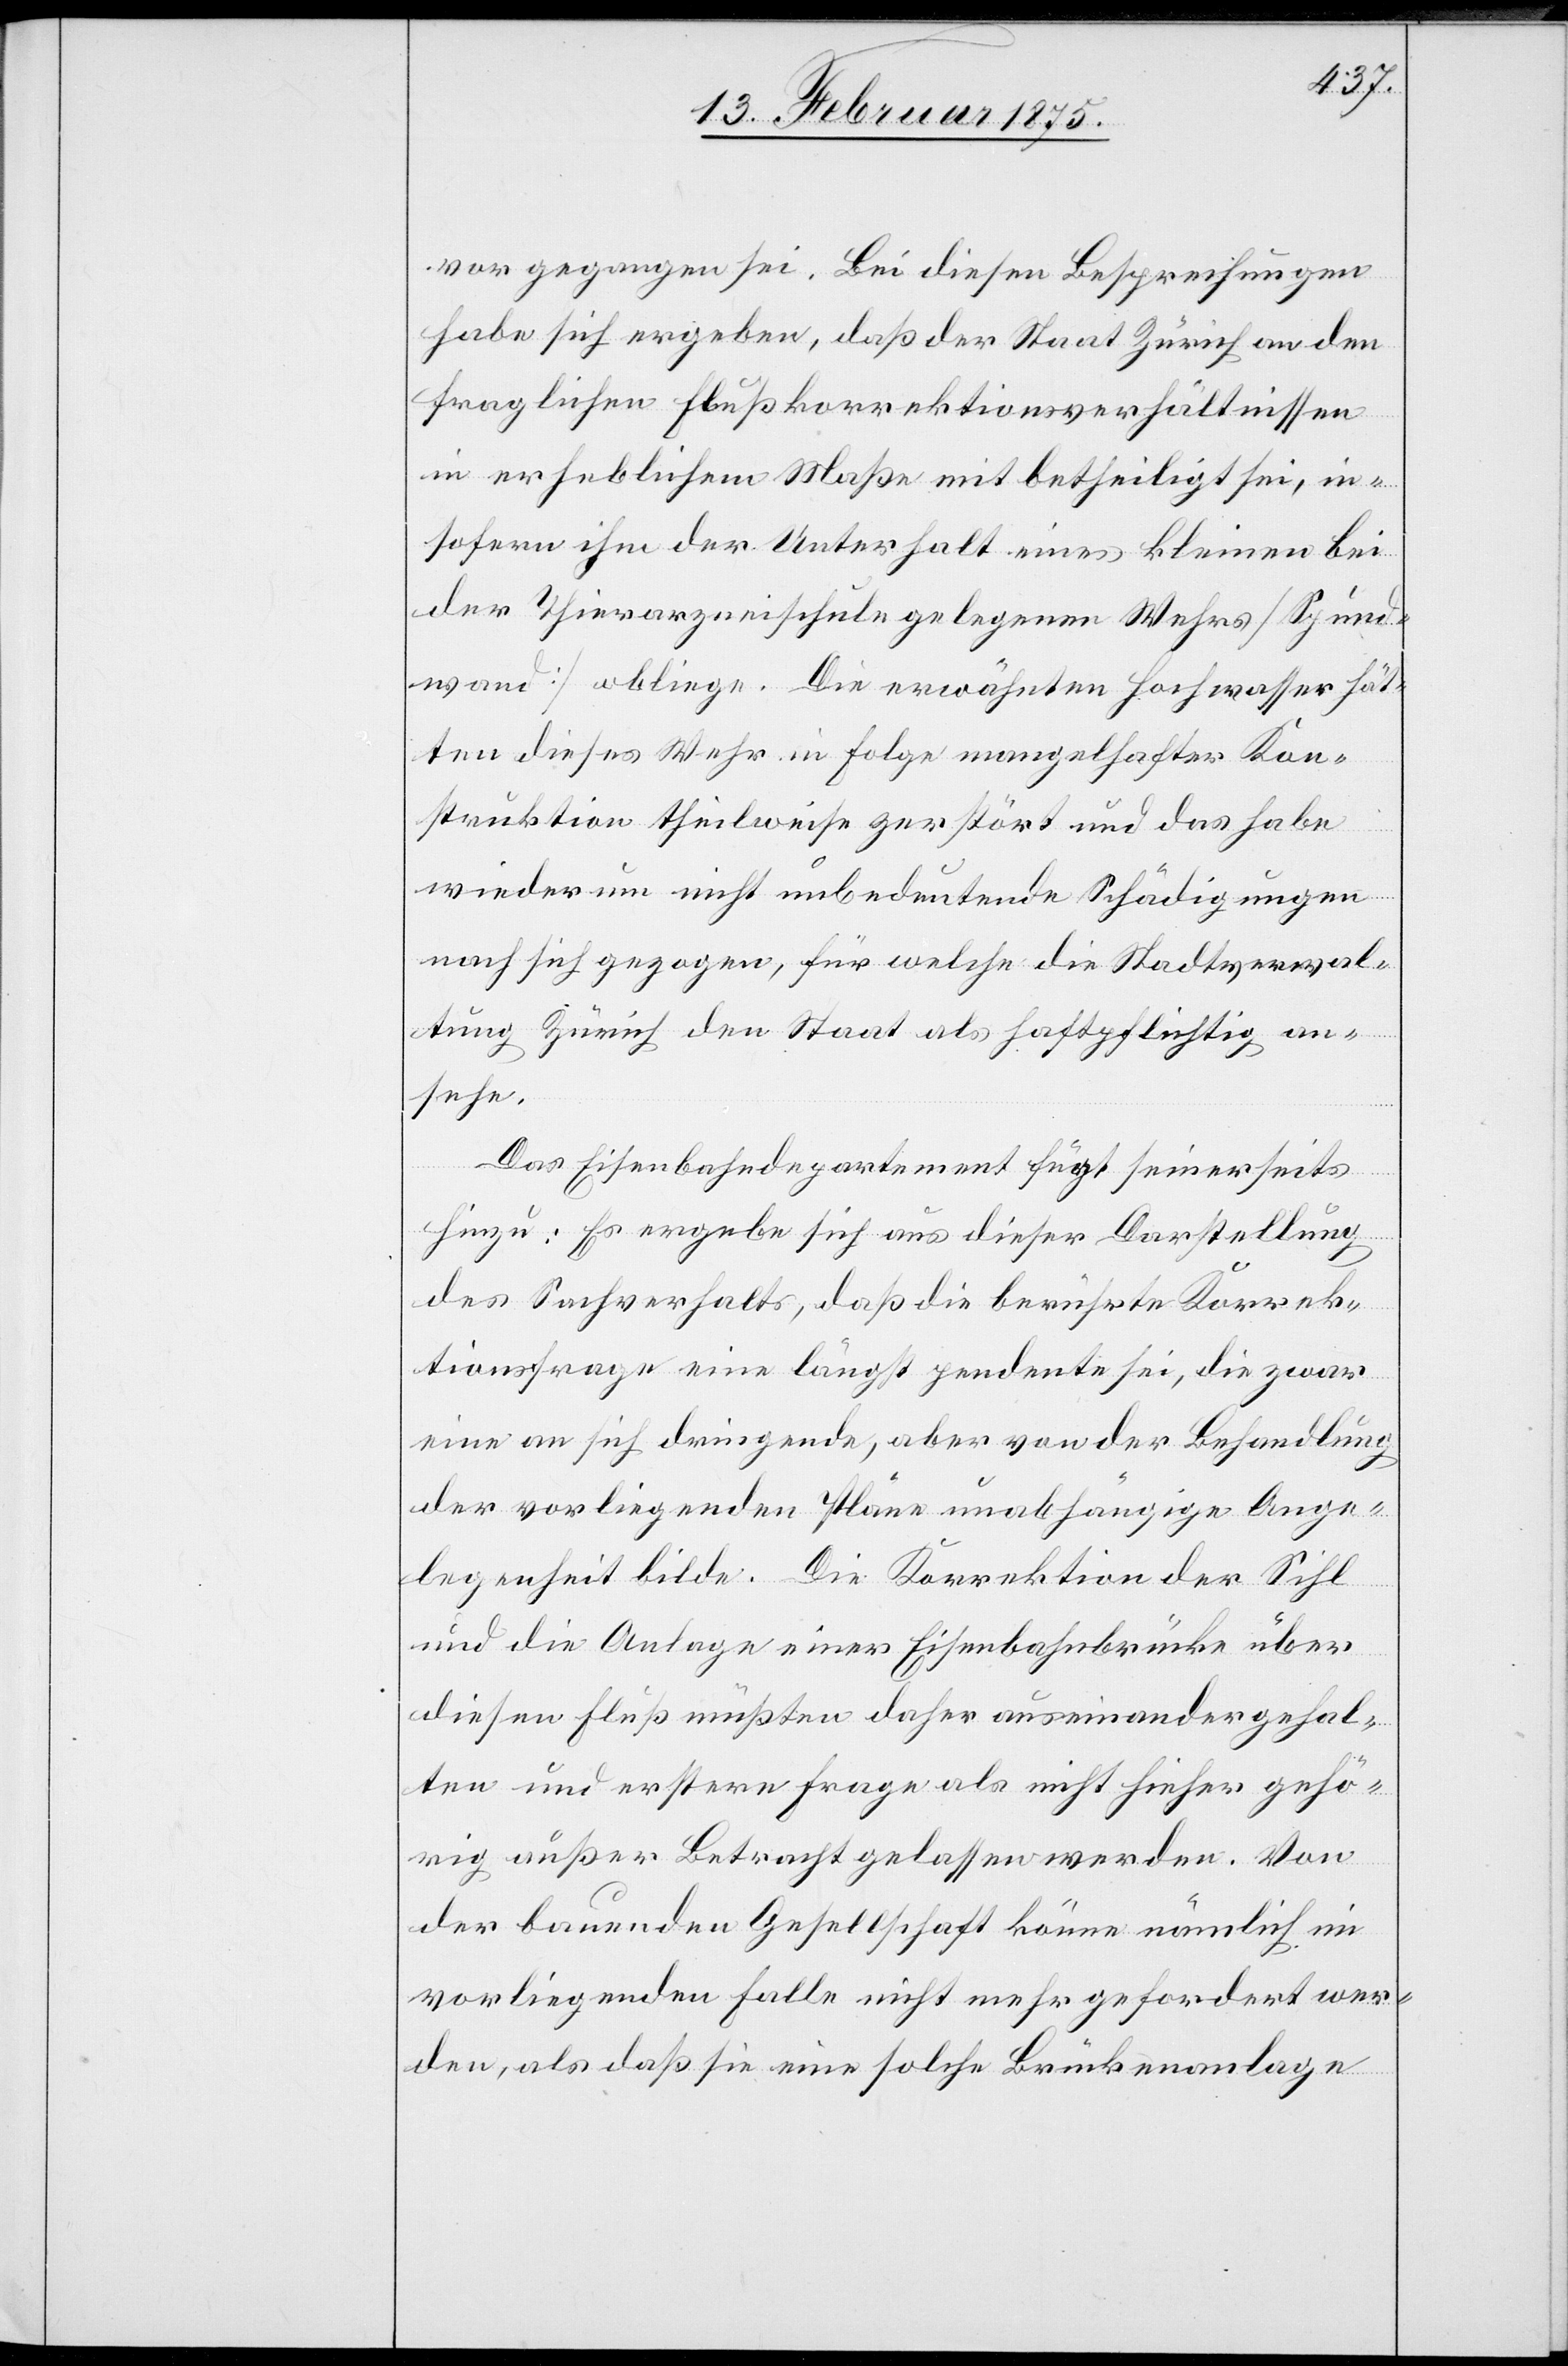
vor gegangen sei. Bei diesen Besprechungen
habe sich ergeben, daß der Staat Zürich an den
fraglichen Flußkorrektionsverhältnissen
in erheblichem Maße mit betheiligt sei, in¬
sofern ihm der Unterhalt eines kleinen bei
der Thierarzneischule gelegenen Wehrs (Sgund¬
wand) obliege. Die erwähnten Hochwasser hät¬
ten dieses Wehr in Folge mangelhafter Kon¬
struktion theilweise zerstört und das habe
wiederum nicht unbedeutende Schädigungen
nach sich gezogen, für welche die Stadtverwal¬
tung Zürich den Staat als haftpflichtig an¬
sehe.
Das Eisenbahndepartement fügt seinerseits
hinzu: Es ergebe sich aus dieser Darstellung
des Sachverhalts, daß die berührte Korrek¬
tionsfrage eine längst pendente sei, die zwar
eine an sich dringende, aber von der Behandlung
der vorliegenden Pläne unabhängige Ange¬
legenheit bilde. Die Korrektion der Sihl
und die Anlage einer Eisenbahnbrücke über
diesen Fluß müßten daher auseinandergehal¬
ten und erstere Frage als nicht hieher gehö¬
rig außer Betracht gelassen werden. Von
der bauenden Gesellschaft könne nämlich im
vorliegenden Falle nicht mehr gefordert wer¬
den, als daß sie eine solche Brückenanlage